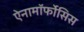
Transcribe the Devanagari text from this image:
ऐनामॉर्फोसिस